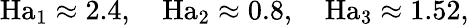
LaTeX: \mathrm{Ha}_{1}\approx 2.4,\quad\mathrm{Ha}_{2}\approx 0.8,\quad\mathrm{Ha}_{3}\approx 1.52,